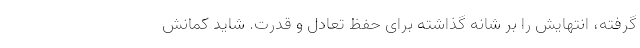
گرفته، انتهایش را بر شانه گذاشته برای حفظ تعادل و قدرت. شاید کمانش